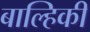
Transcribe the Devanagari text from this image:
बाल्हिकी